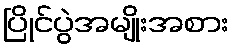
ပြိုင်ပွဲအမျိုးအစား